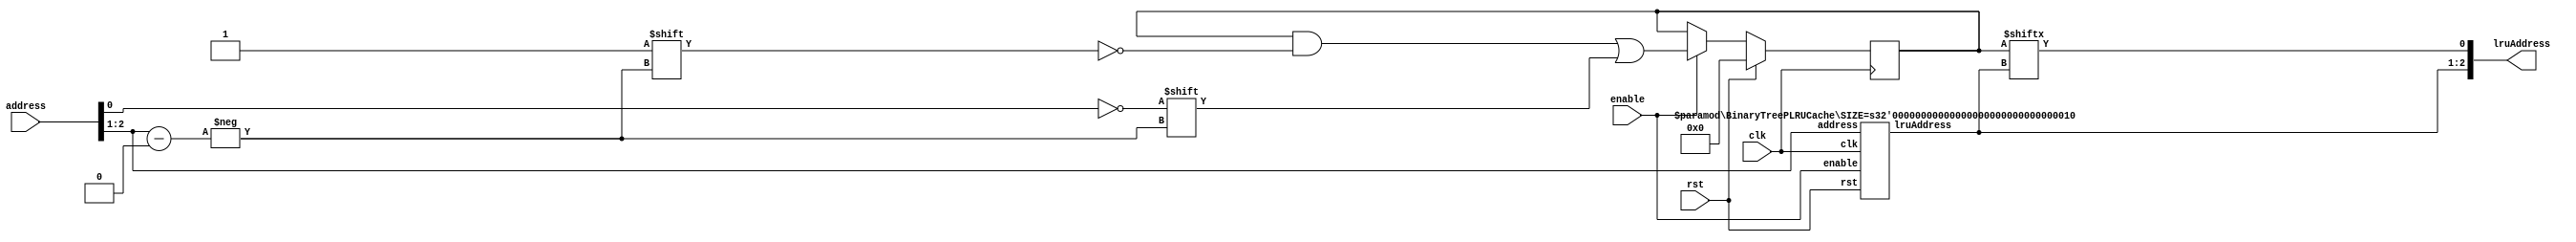
module BinaryTreePLRUCache #(
		parameter SIZE = 3
	)(
		input wire clk,
		input wire rst,

		input wire enable,
		input wire[SIZE-1:0] address,
		output wire [SIZE-1:0] lruAddress
	);

	localparam PARENT_SIZE = (SIZE - 1);
	localparam STATE_SIZE = (1 << PARENT_SIZE);

	reg[STATE_SIZE-1:0] state;

generate
	if (SIZE > 1) begin

		always @(posedge clk) begin
			if (rst) begin
				state <= {STATE_SIZE{1'b0}};
			end else if (enable) begin
				state[address[SIZE-1:1]] <= !address[0];
			end
		end

		wire[PARENT_SIZE-1:0] lruAddressParent;
		BinaryTreePLRUCache #(.SIZE(PARENT_SIZE)) parentLayer (
			.clk(clk),
			.rst(rst),
			.enable(enable),
			.address(address[SIZE-1:1]),
			.lruAddress(lruAddressParent));

		assign lruAddress = { lruAddressParent, state[lruAddressParent] };

	end else begin
		always @(posedge clk) begin
			if (rst) begin
				state <= 1'b0;
			end else if (enable) begin
				state <= !address;
			end
		end

		assign lruAddress = state;
	end
endgenerate

endmodule